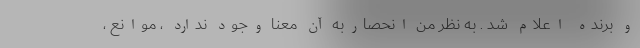
و برنده اعلام شد . به نظر من انحصاربه آن معنا وجود ندارد ، موانع ،